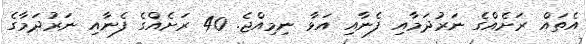
އެތައް ރަށެއްގެ ނަރުދަމާއި ފެނާއި އަޅާ ނިމިއްޖެ. 40 ރަށެއްގެ ފެނާއި ނަރުދަމާގެ